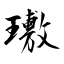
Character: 璷